Report on vaccination in Madras 1922-1929 - 1922-1929
Year: 1922
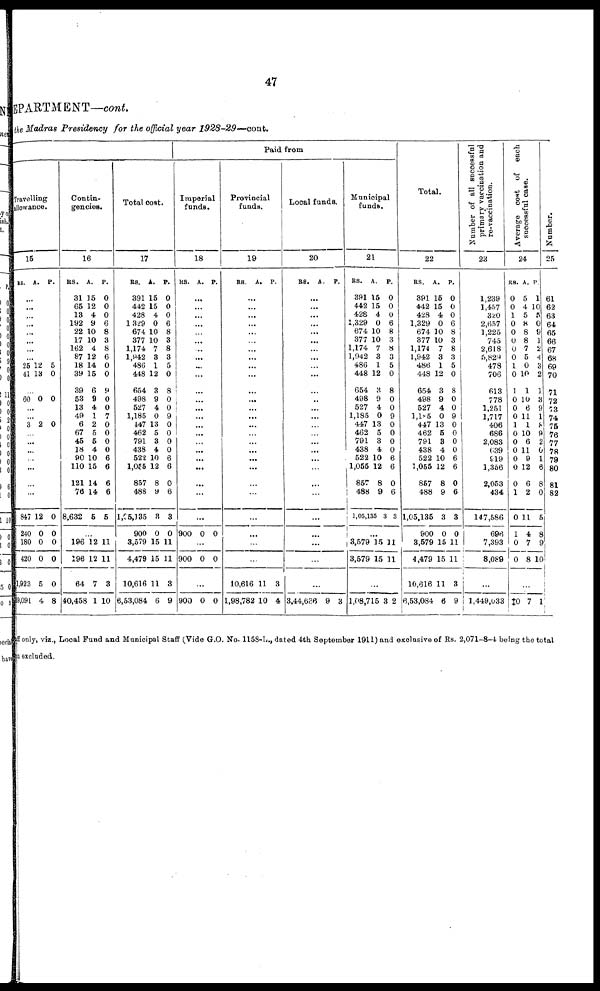
47
DEPARTMENT—cont.
the Madras Presidency for the official year
1928-29—cont.
Paid from
Travelling
allowance.
15
RS. A. P.
...
...
...
...
...
...
...
...
26
41
12
13
5
0
...
60 0 0
...
...
3 2 0
...
...
...
...
...
...
...
847
240
180
420
1,923
39,091
12
0
0
0
5
4
0
0
0
0
0
8
Contin¬
gencies.
16
RS.
31
65
13
192
22
17
162
87
18
39
39
53
13
49
6
67
45
18
90
110
121
78
8,632
A.
15
12
4
9
10
10
4
12
14
15
6
9
4
1
2
5
5
4
10
15
14
14
5
P.
0
0
0
6
8
3
8
6
0
0
9
0
0
7
0
0
0
0
6
6
6
6
5
...
196
196
64
40,458
12
12
7
1
11
11
3
10
Total cost.
17
RS.
391
442
428
1,329
674
377
1,174
1,942
486
448
654
498
527
1,185
447
462
791
438
522
1,055
857
488
1,05,135
900
3,579
4,479
10,616
6,53,084
A.
15
15
4
0
10
10
7
3
1
12
3
9
4
0
13
5
3
4
10
12
8
9
3
0
15
15
11
6
P.
0
0
0
6
8
3
8
3
5
0
8
0
0
9
0
0
0
0
6
6
0
6
3
0
11
11
3
9
Imperial
funds.
18
RS. A. P.
...
...
...
...
...
...
...
...
...
...
...
...
...
...
...
...
...
...
...
...
...
...
...
900 0 0
...
900 0 0
...
900 0 0
Provincial
funds.
19
RS.
A. P.
...
...
...
...
...
...
...
...
...
...
...
...
...
...
...
...
...
...
...
...
...
...
...
...
...
...
10,616
1,98,782
11
10
3
4
Local funds.
20
RS. A. P.
...
...
...
...
...
...
...
...
...
...
...
...
...
...
...
...
...
...
...
...
...
...
...
...
...
...
...
3,44,686 9 3
Municipal
funds.
21
RS.
391
442
428
1,329
674
377
1,174
1,942
486
448
654
498
527
1,185
447
462
791
438
522
1,055
857
488
1,05,135
A.
15
15
4
0
10
10
7
3
1
12
3
9
4
0
13
5
3
4
10
12
8
9
3
P.
0
0
0
6
8
3
8
3
5
0
8
0
0
9
0
0
0
0
6
6
0
6
3
...
3,579
3,579
15
15
11
11
...
1,08,715 3 2
Total.
22
RS.
391
442
428
1,329
674
377
1,174
1,942
486
448
654
498
527
1,185
447
462
791
438
522
1,055
857
488
1,05,135
900
3,579
4,479
10,616
6,53,084
A.
15
15
4
0
10
10
7
3
1
12
3
9
4
0
13
5
8
4
10
12
8
9
3
0
15
15
11
6
P.
0
0
0
6
8
3
8
3
5
0
8
0
0
9
0
0
0
0
6
6
0
6
3
0
11
11
3
9
Number of all successful
primary vaccination and
re-vaccination.
28
1,239
1,457
320
2,657
1,225
745
2,618
5,829
478
706
613
778
1,251
1,717
406
686
2,083
639
919
1,356
2,053
434
147,586
696
7,393
8,089
...
1,449,033
Average cost of each
successful case.
24
RS.
0
0
1
0
0
0
0
0
1
0
1
0
0
0
1
0
0
0
0
0
0
1
0
1
0
0
A.
5
4
5
8
8
8
7
5
0
10
1
10
6
11
1
10
6
11
9
12
6
2
11
4
7
8
P.
1
10
5
0
9
1
2
4
3
2
1
3
9
1
8
9
2
0
1
6
8
0
5
8
9
10
...
‡0 7
1
Number.
25
61
62
63
64
65
66
67
68
69
70
71
72
73
74
75
76
77
78
79
80
81
82
off only, viz., Local Fund and Municipal Staff (Vide G.O. No. 1158-L., dated 4th September 1911) and exclusive of Rs. 2,071-8-4 being the total
an excluded.